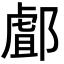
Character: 䣜